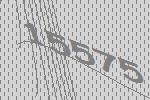
15575